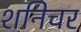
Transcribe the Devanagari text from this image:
शनिचर